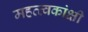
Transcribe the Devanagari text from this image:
महत्त्वकांक्षी